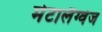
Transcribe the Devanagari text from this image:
मेटालैंग्वेज